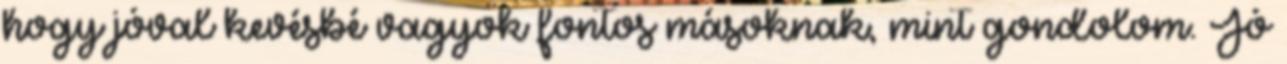
hogy jóval kevésbé vagyok fontos másoknak, mint gondolom. Jó